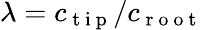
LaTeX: \lambda=c_{\mathrm{~t~i~p~}}/c_{\mathrm{~r~o~o~t~}}